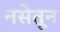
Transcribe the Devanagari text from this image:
नसेतून